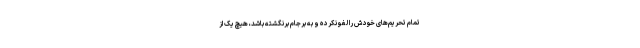
تمام تحریم‌های خودش را لغو نکرده و به برجام برنگشته باشد، هیچ یک از